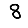
Digit: 8